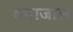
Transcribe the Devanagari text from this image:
वपाजाल